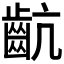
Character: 𪗜